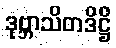
ဒုဗ္ဘာသိတဒိဋ္ဌိ